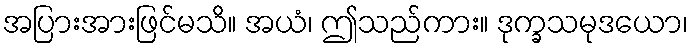
အပြားအားဖြင်မသိ။ အယံ၊ ဤသည်ကား။ ဒုက္ခသမုဒယော၊